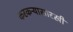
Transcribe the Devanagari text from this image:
करकऱ्यासारखी